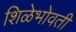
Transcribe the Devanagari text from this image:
शिळेभोवती